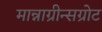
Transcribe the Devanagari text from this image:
मान्नाग्रीन्सग्रोट